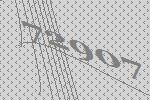
72907